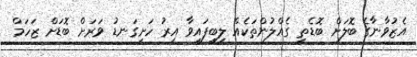
އެޒުވާނާގެ ބޮލަށް ބޮޑެތި ގެއްލުންތަކެއް ލިބިފައިވާ އިރު ހަށިގަނޑު ވަރަށް ބޮޑަށް ޒަހަމް